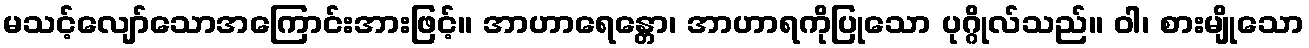
မသင့်လျော်သောအကြောင်းအားဖြင့်။ အာဟာရေန္တော၊ အာဟာရကိုပြုသော ပုဂ္ဂိုလ်သည်။ ဝါ၊ စားမျိုသော